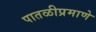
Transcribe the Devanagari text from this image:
पातळीप्रमाणे